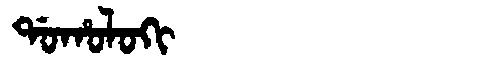
Manchu: ᡩᠣᡥᠣᠯᠣᡴᡳ
Romanization: DOHOLOKI